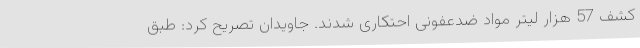
کشف 57 هزار لیتر مواد ضدعفونی احتکاری شدند. جاویدان تصریح کرد: طبق